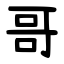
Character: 哥